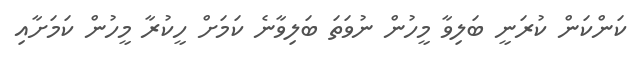
ކަންކަން ކުރަނީ ބަލިވާ މީހުން ނުވަތަ ބަލިވާނެ ކަމަށް ހީކުރާ މީހުން ކަަމަށާއި